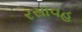
રસાવહ